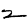
Digit: 2